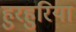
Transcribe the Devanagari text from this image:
हुरहुरिया